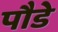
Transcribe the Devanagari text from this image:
पौडे